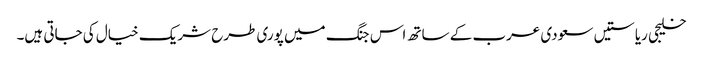
خلیجی ریاستیں سعودی عرب کے ساتھ اس جنگ میں پوری طرح شریک خیال کی جاتی ہیں۔